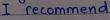
I recommend